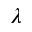
\lambda